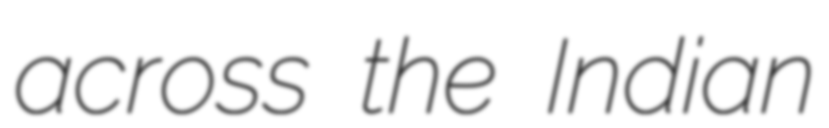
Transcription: across the Indian